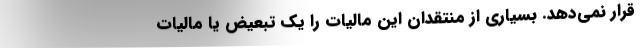
قرار نمی‌دهد. بسیاری از منتقدان این مالیات را یک تبعیض یا مالیات